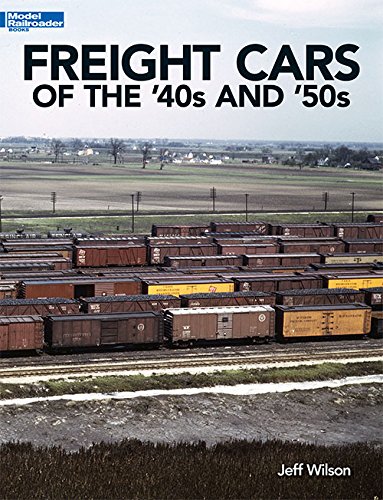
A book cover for Freight Cars of the '40s and '50s (Model Railroader Books); Jeff Wilson; Crafts, Hobbies & Home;